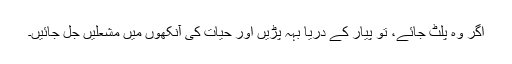
اگر وہ پلٹ جائے، تو پیار کے دریا بہہ پڑیں اور حیات کی آنکھوں میں مشعلیں جل جائیں۔